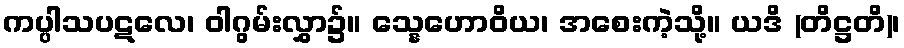
ကပ္ပါသပဋလေ၊ ဝါဂွမ်းလွှာ၌။ သ္နေဟောဝိယ၊ အစေးကဲ့သို့။ ယဒိ (တိဋ္ဌတိ)၊